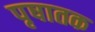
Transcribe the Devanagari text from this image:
पृषातक